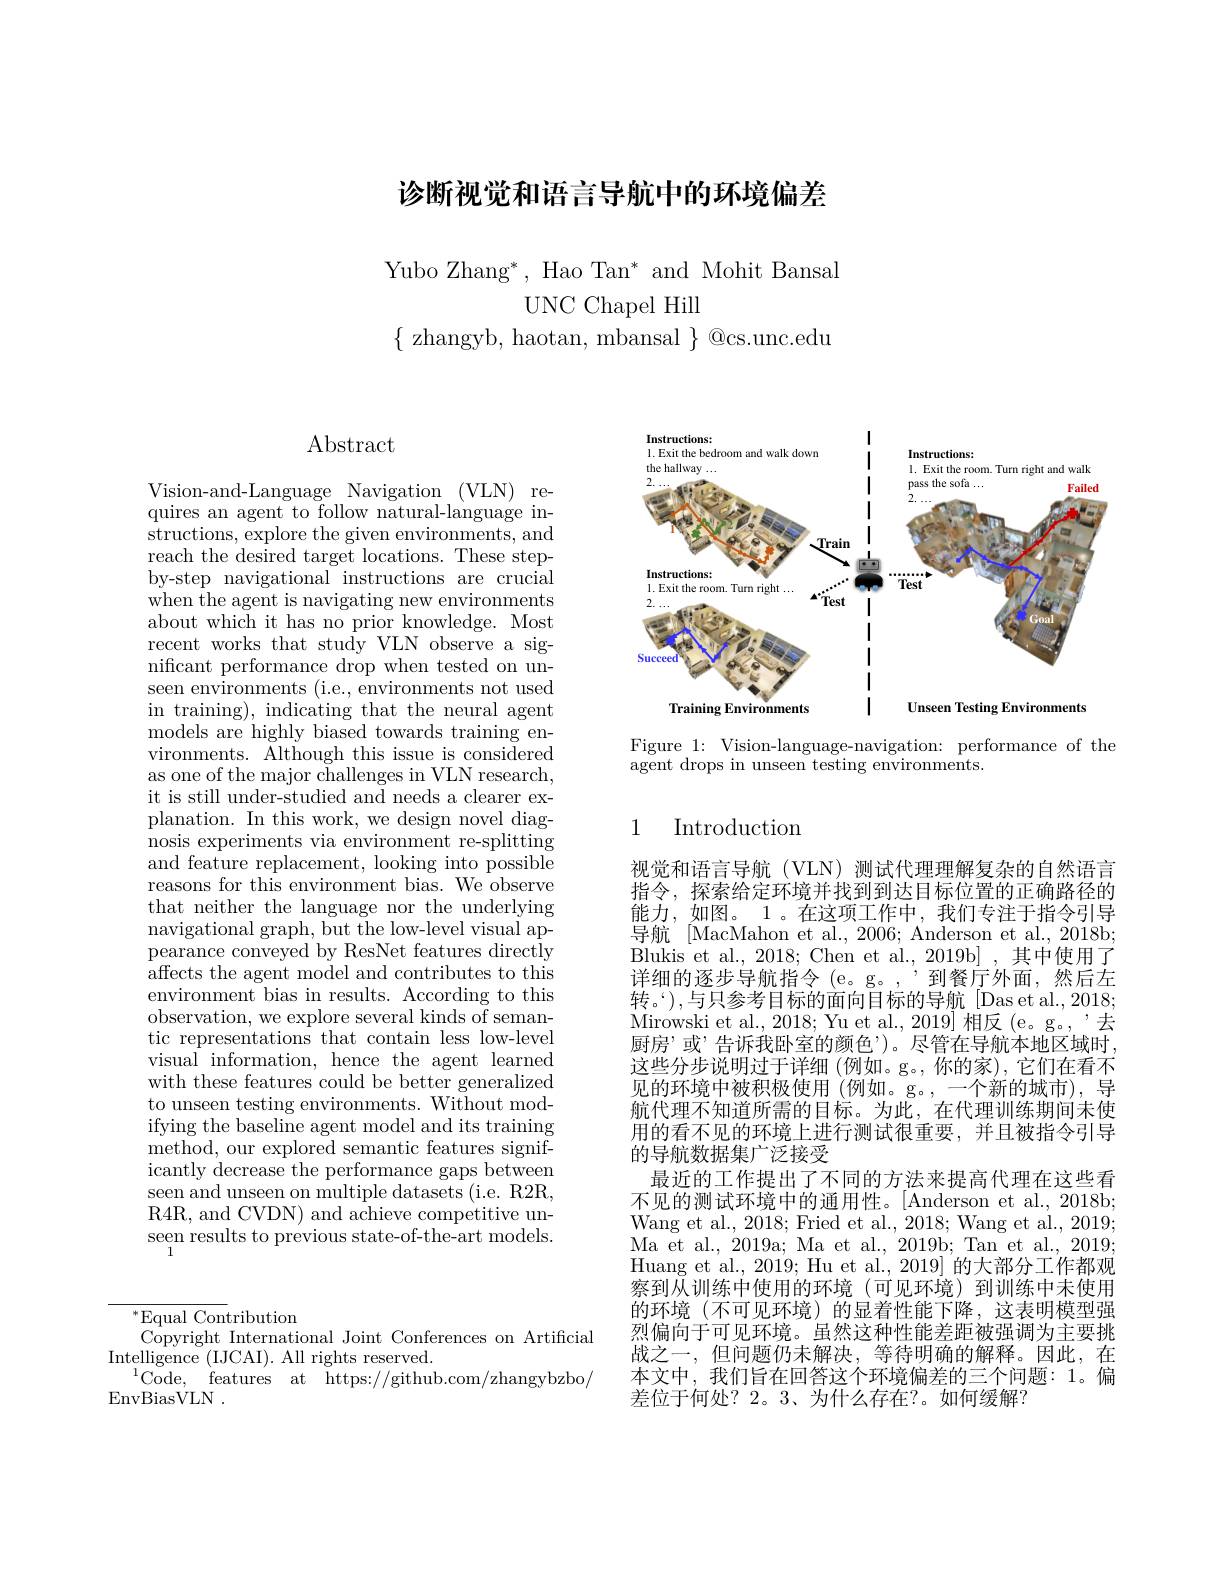
# 诊断视觉和语言导航中的环境偏差

Yubo Zhang*, Hao Tan* and Mohit Bansal
UNC Chapel Hill
$\{$ zhangyb, haotan, mbansal $\}$ @cs.unc.edu

# $\operatorname{Abstract}$

Vision-and-Language Navigation (VLN) requires an agent to follow natural-language instructions, explore the given environments, and reach the desired target locations. These stepby-step navigational instructions are crucial when the agent is navigating new environments about which it has no prior knowledge. Most recent works that study VLN observe a significant performance drop when tested on unseen environments (i.e., environments not used in training), indicating that the neural agent models are highly biased towards training environments. Although this issue is considered as one of the major challenges in VLN research, it is still under-studied and needs a clearer explanation. In this work, we design novel diagnosis experiments via environment re-splitting and feature replacement, looking into possible reasons for this environment bias. We observe that neither the language nor the underlying navigational graph, but the low-level visual appearance conveyed by ResNet features directly ${\overset{1}{\operatorname*{\operatorname*{affects~the~agent~model~and~contributes~to~this}}}}$ environment bias in results. According to this observation, we explore several kinds of semantic representations that contain less low-level visual information, hence the agent learned with these features could be better generalized to unseen testing environments. Without modifying the baseline agent model and its training method, our explored semantic features significantly decrease the performance gaps between seen and unseen on multiple datasets (i.e. R2R, R4R, and CVDN) and achieve competitive unseen results to previous state-of-the-art models. 1

$^{*}$Equal Contribution
Copyright International Joint Conferences on Artificial
Intelligence (IJCAI). All rights reserved.
$^{1}$Code, features at https://github.com/zhangybzbo/
EnvBiasVLN .

<FigureHere>

Figure 1: Vision-language-navigation: performance of the
$\bar{\text{agent drops in unseen testing environments.}}$

## 1 Introduction

视觉和语言导航(VLN)测试代理理解复杂的自然语言指令，探索给定环境并找到到达目标位置的正确路径的能力，如图。1。在这项工作中，我们专注于指令引导导航 [MacMahon et al., 2006; Anderson et al., 2018b; Blukis et al., 2018; Chen et al., 2019b] , 其中使用了详细的逐步导航指令(e。g。,“到餐厅外面，然后左转。‘),与只参考目标的面向目标的导航[Das et al.,2018; Mirowski et al. , 2018; Yu et al. , 2019] 相反(e。g。,'去厨房”或’告诉我卧室的颜色’)。尽管在导航本地区域时， 这些分步说明过于详细(例如。g。,你的家),它们在看不见的环境中被积极使用(例如。g。,一个新的城市),导航代理不知道所需的目标。为此，在代理训练期间未使用的看不见的环境上进行测试很重要，并且被指令引导的导航数据集广泛接受
最近的工作提出了不同的方法来提高代理在这些看不见的测试环境中的通用性。[Anderson et al., 2018b; Wang et al., 2018; Fried et al., 2018; Wang et al., 2019; Ma et al., 2019a; Ma et al., 2019b; Tan et al., 2019; Huang et al., 2019; Hu et al., 2019] 的大部分工作都观察到从训练中使用的环境(可见环境)到训练中未使用的环境(不可见环境)的显着性能下降，这表明模型强烈偏向于可见环境。虽然这种性能差距被强调为主要挑战之一，但问题仍未解决，等待明确的解释。因此，在本文中，我们旨在回答这个环境偏差的三个问题：1。偏差位于何处？2。3、为什么存在？。如何缓解？